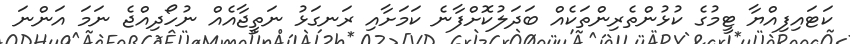
ކަޓައިފިއްޔާ ޓީމުގެ ކުޅުންތެރިންތަކެއް ބަދަލުކޮށްފާނެ ކަމަށާއި ރަނގަޅު ނަތީޖާއެއް ނުހޯދިއްޖެ ނަމަ އަންނަ